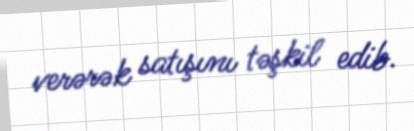
verərək satışını təşkil edib.